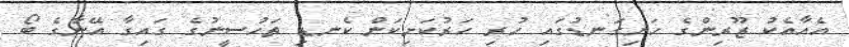
އެއާއެކު ޒޫރިންގެ ހަށިގަނޑުގައި ހުރި ހަރުކަށިކަން ކެނޑި ތަހުސީނުގެ ގައިގާ އޭނާގެ ބޯ